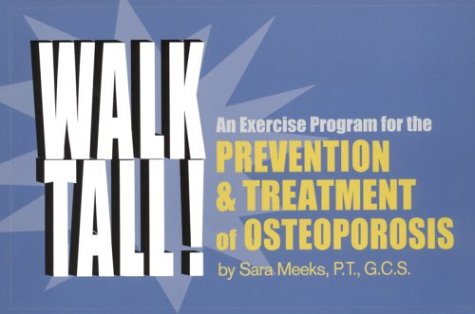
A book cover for Walk Tall! an Exercise Program for the Prevention and Treatment of Osteoporosis; Sara Meeks; Health, Fitness & Dieting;